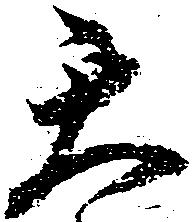
天